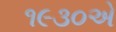
૧૯૩૦એ